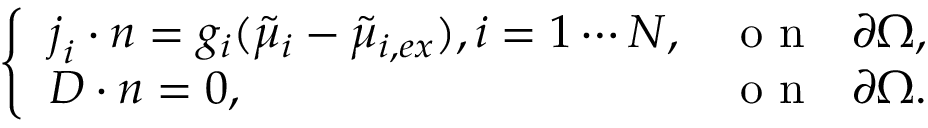
\left\{ \begin{array} { l l } { \boldsymbol { j } _ { i } \cdot \boldsymbol { n } = g _ { i } ( \tilde { \mu } _ { i } - \tilde { \mu } _ { i , e x } ) , i = 1 \cdots N , } & { \mathrm { ~ o ~ n ~ ~ ~ } \partial \Omega , } \\ { \boldsymbol { D } \cdot \boldsymbol { n } = 0 , } & { \mathrm { ~ o ~ n ~ ~ ~ } \partial \Omega . } \end{array} \right.